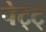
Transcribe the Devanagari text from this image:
पेट्ट्